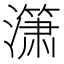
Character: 𰝞